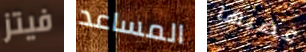
فيتز المساعد غضبها